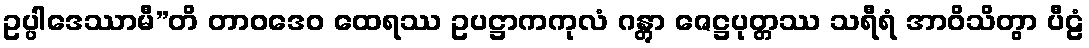
ဥပ္ပါဒေဿာမီ”တိ တာဝဒေဝ ထေရဿ ဥပဋ္ဌာကကုလံ ဂန္တွာ ဇေဋ္ဌပုတ္တဿ သရီရံ အာဝိသိတွာ ပီဠံ